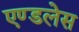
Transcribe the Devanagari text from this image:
एण्डलेस